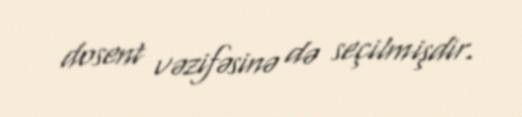
dosent vəzifəsinə də seçilmişdir.